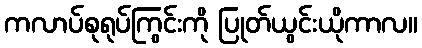
ကလာပ်စုရုပ်ကြွင်းကို ပြုတ်ယွင်းယိုကာလ။